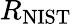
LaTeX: R_{\mathrm{{NIST}}}